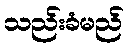
သည်းခံမည်